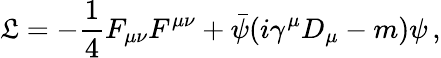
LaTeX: {\cal\mathfrak{L}}=-{\frac{{1}}{{4}}}F_{\mu\nu}F^{\mu\nu}+{\bar{{\psi}}}(i\gamma^{\mu}D_{\mu}-m)\psi\, ,